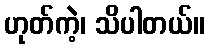
ဟုတ်ကဲ့၊ သိပါတယ်။